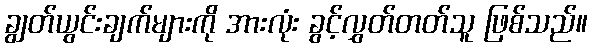
ချွတ်ယွင်းချက်များကို အားလုံး ခွင့်လွှတ်တတ်သူ ဖြစ်သည်။